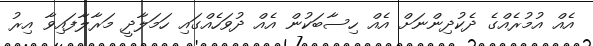
އެއް އުމުރެއްގެ ދެކުދިންނަށް އެއް ހިސާބަކުން އެއް ދުވަހެއްގައި ހަމަލާދީ މަރާލާފައިވާ އިރު